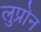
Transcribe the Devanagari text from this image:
लुप्रोन